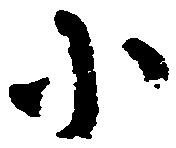
小